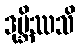
ဒုဗ္ဘိဿသိ